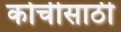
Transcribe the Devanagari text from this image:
कोचीसाठी